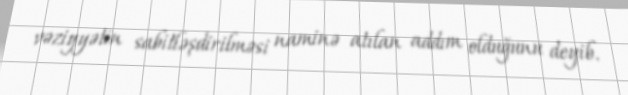
vəziyyətin sabitləşdirilməsi naminə atılan addım olduğunu deyib.